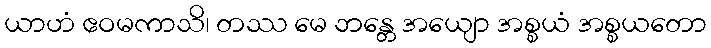
ယာဟံ ဧဝမကာသိ၊ တဿ မေ ဘန္တေ အယျော အစ္စယံ အစ္စယတော